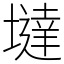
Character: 墶